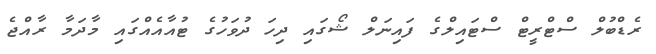
ރެޑްބުލް ސްޓްރީޓް ސްޓައިލްގެ ފައިނަލް ޝޯގައި ދިހަ ދުވަހުގެ ޓުއާއެއްގައި މާދަމާ ރާއްޖެ